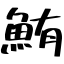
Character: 鮪